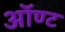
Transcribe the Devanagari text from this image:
ऑण्ट